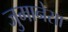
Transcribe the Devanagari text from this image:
जुमानेसा